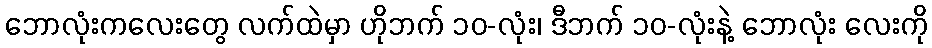
ဘောလုံးကလေးတွေ လက်ထဲမှာ ဟိုဘက် ၁၀-လုံး၊ ဒီဘက် ၁၀-လုံးနဲ့ ဘောလုံး လေးကို